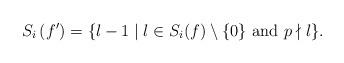
LaTeX: \begin{align*}S_i\left(f'\right)=\{l-1\mid l\in S_i(f)\setminus\{0\}\mbox{ and }p\nmid l\}.\end{align*}